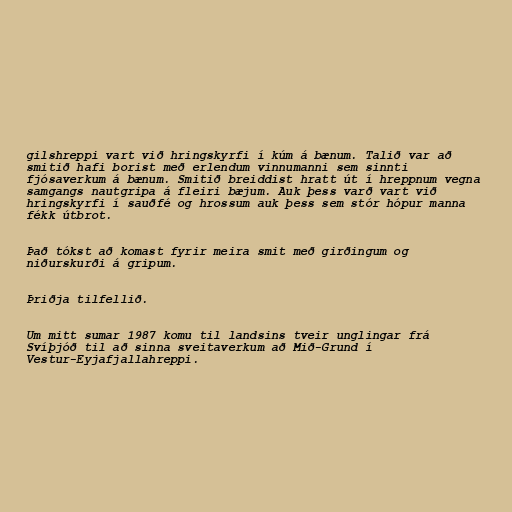
gilshreppi vart við hringskyrfi í kúm á bænum. Talið var að
smitið hafi borist með erlendum vinnumanni sem sinnti
fjósaverkum á bænum. Smitið breiddist hratt út í hreppnum vegna
samgangs nautgripa á fleiri bæjum. Auk þess varð vart við
hringskyrfi í sauðfé og hrossum auk þess sem stór hópur manna
fékk útbrot.

Það tókst að komast fyrir meira smit með girðingum og
niðurskurði á gripum.

Þriðja tilfellið.

Um mitt sumar 1987 komu til landsins tveir unglingar frá
Svíþjóð til að sinna sveitaverkum að Mið-Grund í
Vestur-Eyjafjallahreppi.